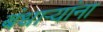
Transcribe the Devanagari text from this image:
बंधाऱ्यांना